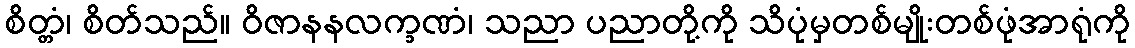
စိတ္တံ၊ စိတ်သည်။ ဝိဇာနနလက္ခဏံ၊ သညာ ပညာတို့ကို သိပုံမှတစ်မျိုးတစ်ဖုံအာရုံကို